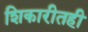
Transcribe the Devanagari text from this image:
शिकारीतही